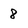
Character: 8